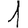
Digit: 1